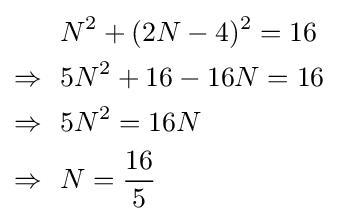
{\begin{aligned}&N^{2}+(2N-4)^{2}=16\\\Rightarrow \ \ &5N^{2}+16-16N=16\\\Rightarrow \ \ &5N^{2}=16N\\\Rightarrow \ \ &N={\frac {16}{5}}\\\end{aligned}}